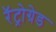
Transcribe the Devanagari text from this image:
रॅट्रोग्रेड